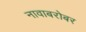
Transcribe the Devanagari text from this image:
नावाबरोबर